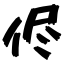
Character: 侭